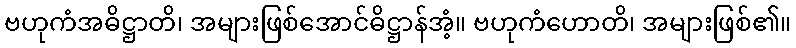
ဗဟုကံအဓိဋ္ဌာတိ၊ အများဖြစ်အောင်ဓိဋ္ဌာန်အံ့။ ဗဟုကံဟောတိ၊ အများဖြစ်၏။